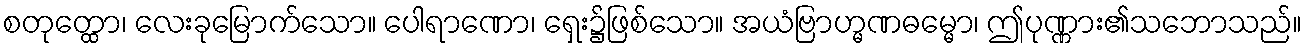
စတုတ္ထော၊ လေးခုမြောက်သော။ ပေါရာဏော၊ ရှေး၌ဖြစ်သော။ အယံဗြာဟ္မဏဓမ္မော၊ ဤပုဏ္ဏား၏သဘောသည်။